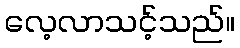
လေ့လာသင့်သည်။